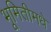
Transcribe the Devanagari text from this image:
भूमितीमधे